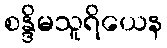
စန္ဒိမသူရိယေန